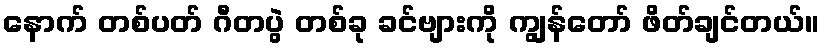
နောက် တစ်ပတ် ဂီတပွဲ တစ်ခု ခင်ဗျားကို ကျွန်တော် ဖိတ်ချင်တယ်။